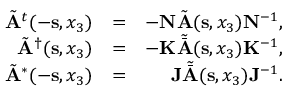
\begin{array} { r l r } { \tilde { \bf A } ^ { t } ( - { { \bf s } } , x _ { 3 } ) } & { = } & { - { \bf N } \tilde { \bf A } ( { { \bf s } } , x _ { 3 } ) { \bf N } ^ { - 1 } , } \\ { \tilde { \bf A } ^ { \dagger } ( { { \bf s } } , x _ { 3 } ) } & { = } & { - { \bf K } { \tilde { \bar { \bf A } } } ( { { \bf s } } , x _ { 3 } ) { \bf K } ^ { - 1 } , } \\ { \tilde { \bf A } ^ { * } ( - { { \bf s } } , x _ { 3 } ) } & { = } & { { \bf J } { \tilde { \bar { \bf A } } } ( { { \bf s } } , x _ { 3 } ) { \bf J } ^ { - 1 } . } \end{array}